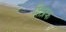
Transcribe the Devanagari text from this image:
शिप्रक